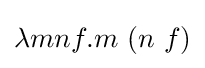
\lambda mnf.m\ (n\ f)